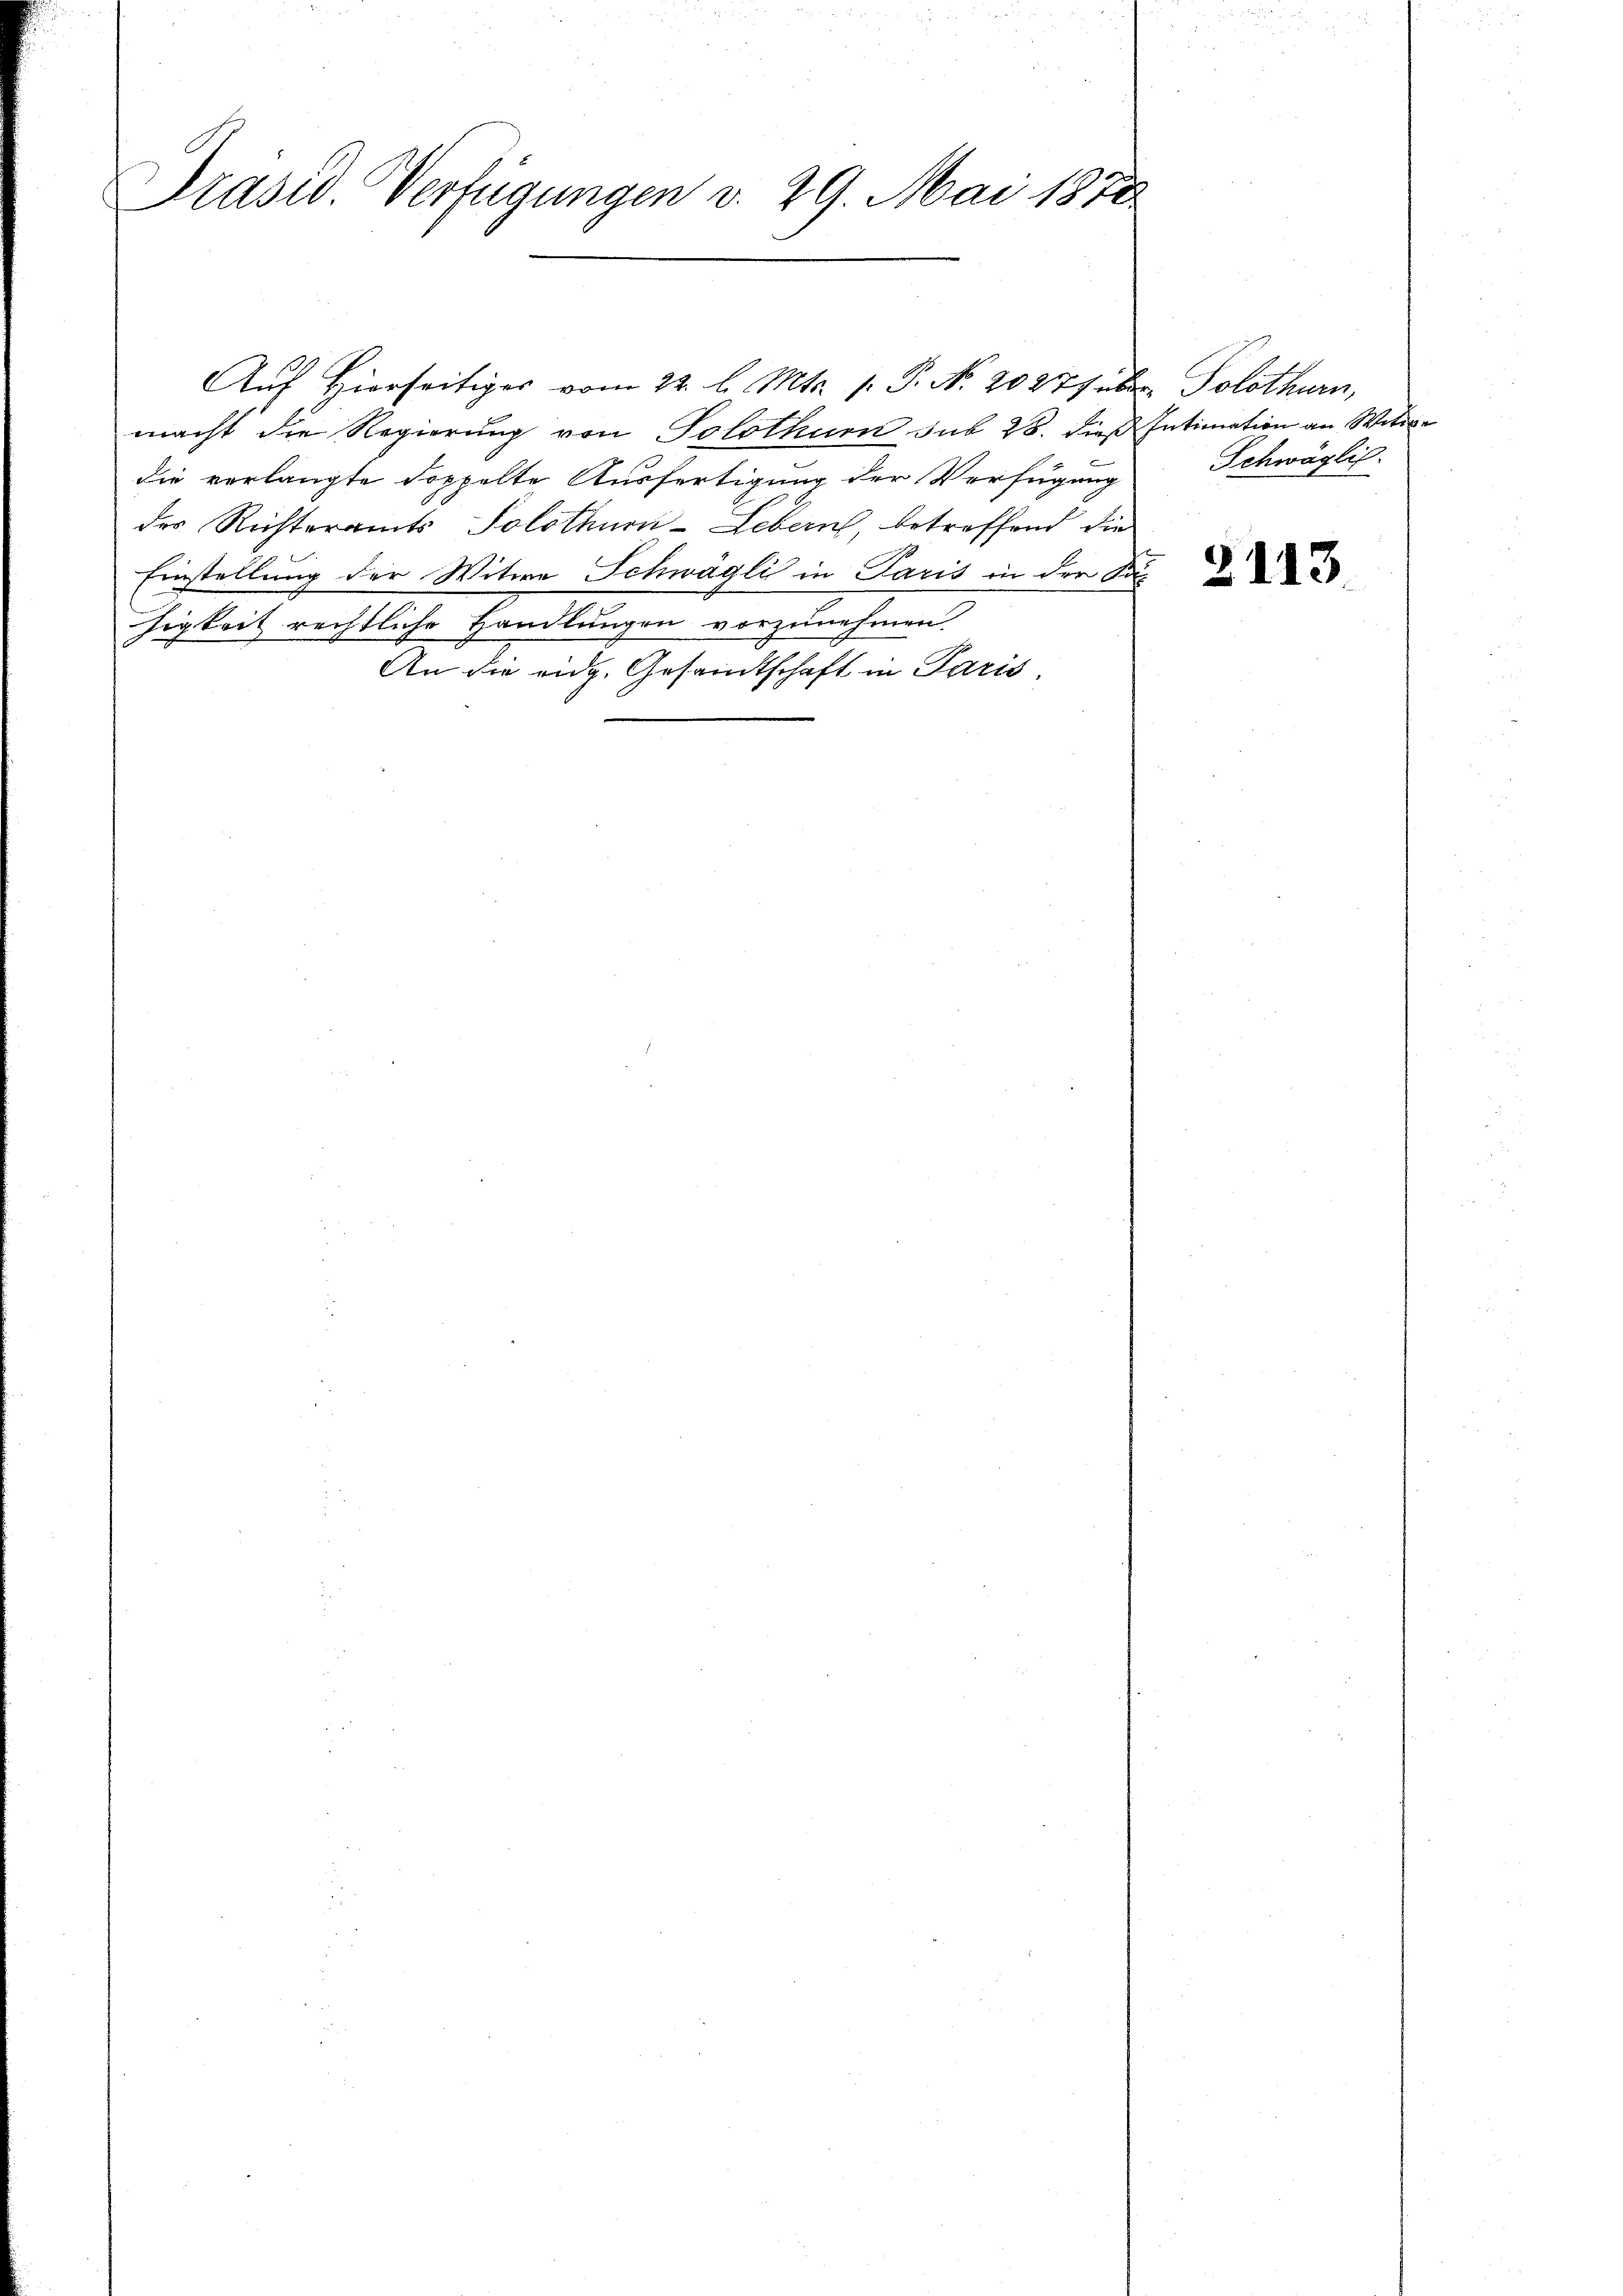
Präsid. Verfügungen v. 29. Mai 1870

Auf Hierseitiger vom 22. l. Mts. f. P. Nr. 20277 über Solothurn,
macht die Regierung von Solothurn sub 28. dieß Intimation an Witte
die verlangte doppelte Ausfertigung der Verfügung
des Rechteramts Solothurn-Lebern, betreffend die
Einstellung der Witwe Schwägli in Paris in der Sac
higkeit rechtliche Handlungen vorzunehmen.
An die eidg. Gesandtschaft in Paris,

a

Schwäglic

2113